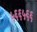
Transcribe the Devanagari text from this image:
५६६५६६